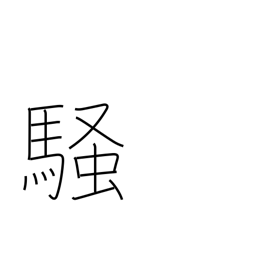
Meaning: excite